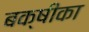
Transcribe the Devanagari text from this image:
बक्षीका